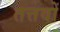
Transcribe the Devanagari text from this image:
तत्तवों